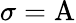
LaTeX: \sigma=\mathrm{A}